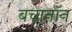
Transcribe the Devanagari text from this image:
बचानॉन